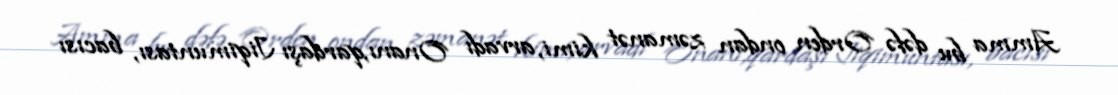
Amma bu dəfə Orden ondan zəmanət kimi, arvadı Onanı,qardaşı Jiqimuntası, bacısı